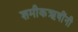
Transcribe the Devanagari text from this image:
शमीकऋषींनी